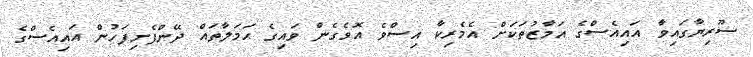
ސޫރިޔާގައިވާ އައިއެސްގެ އަމާޒުތަކަށް އެމެރިކާ އިސްވެ އޮވެގެން ވައިގެ ޙަމަލާތައް ދޭންފެށިފަހުން އައިއެސްގެ